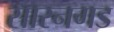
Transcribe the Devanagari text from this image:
सारनगड